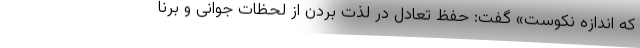
که اندازه نکوست» گفت: حفظ تعادل در لذت بردن از لحظات جوانی و برنا